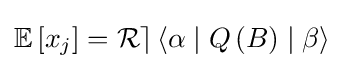
\mathbb {E} \left[x_{j}\right]={\mathcal {Re}}\left\langle \alpha \mid Q\left(B\right)\mid \beta \right\rangle